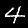
Label: 4